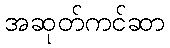
အဆုတ်ကင်ဆာ